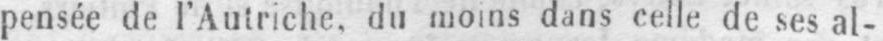
pensée de l’Autriche, du moins dans celle de ses al-